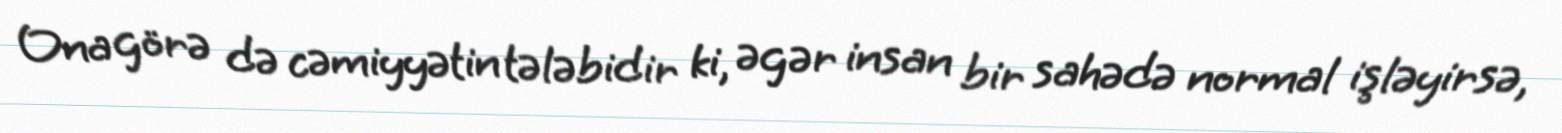
Ona görə də cəmiyyətin tələbidir ki, əgər insan bir sahədə normal işləyirsə,